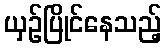
ယှဉ်ပြိုင်နေသည့်